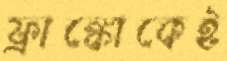
ফ্রাঙ্কোকেই